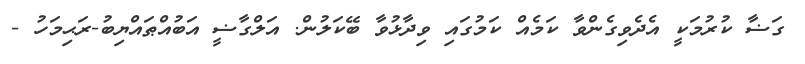
ގަޟާ ކުރުމަކީ އެދެވިގެންވާ ކަމެއް ކަމުގައި ވިދާޅުވާ ބޭކަލުން. އަލްގާޟީ އަބުއްޠައްޔިބު-ރަޙިމަހު -